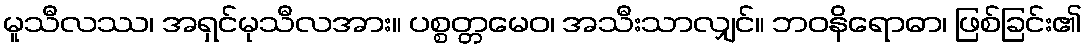
မူသီလဿ၊ အရှင်မုသီလအား။ ပစ္စတ္တမေဝ၊ အသီးသာလျှင်။ ဘဝနိရောဓာ၊ ဖြစ်ခြင်း၏